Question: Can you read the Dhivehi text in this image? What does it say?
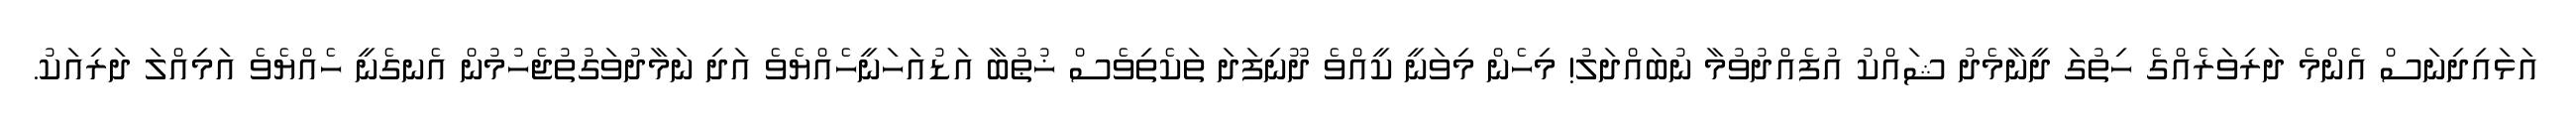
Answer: އަޅައިދިނަސް އެންމެ ދަރިވަރެއްގެ ހިތުގަ ދީނާމެދު ޝައްކު އުފެއްދުވުމާ ނުބައްދަލު! މިހެން މިވަނީ ކީއްވެ ދޫނިފަދަ ތަކެތިވެސް ޚުޠުބާ އަޑުއަހަނީހެއްޔެވެ އަދި ނަމާދުވަގުތުޖެހުމުން އެނގެނީ ހެއްޔެވެ އަމިއްލަ ދަރިއަކު.